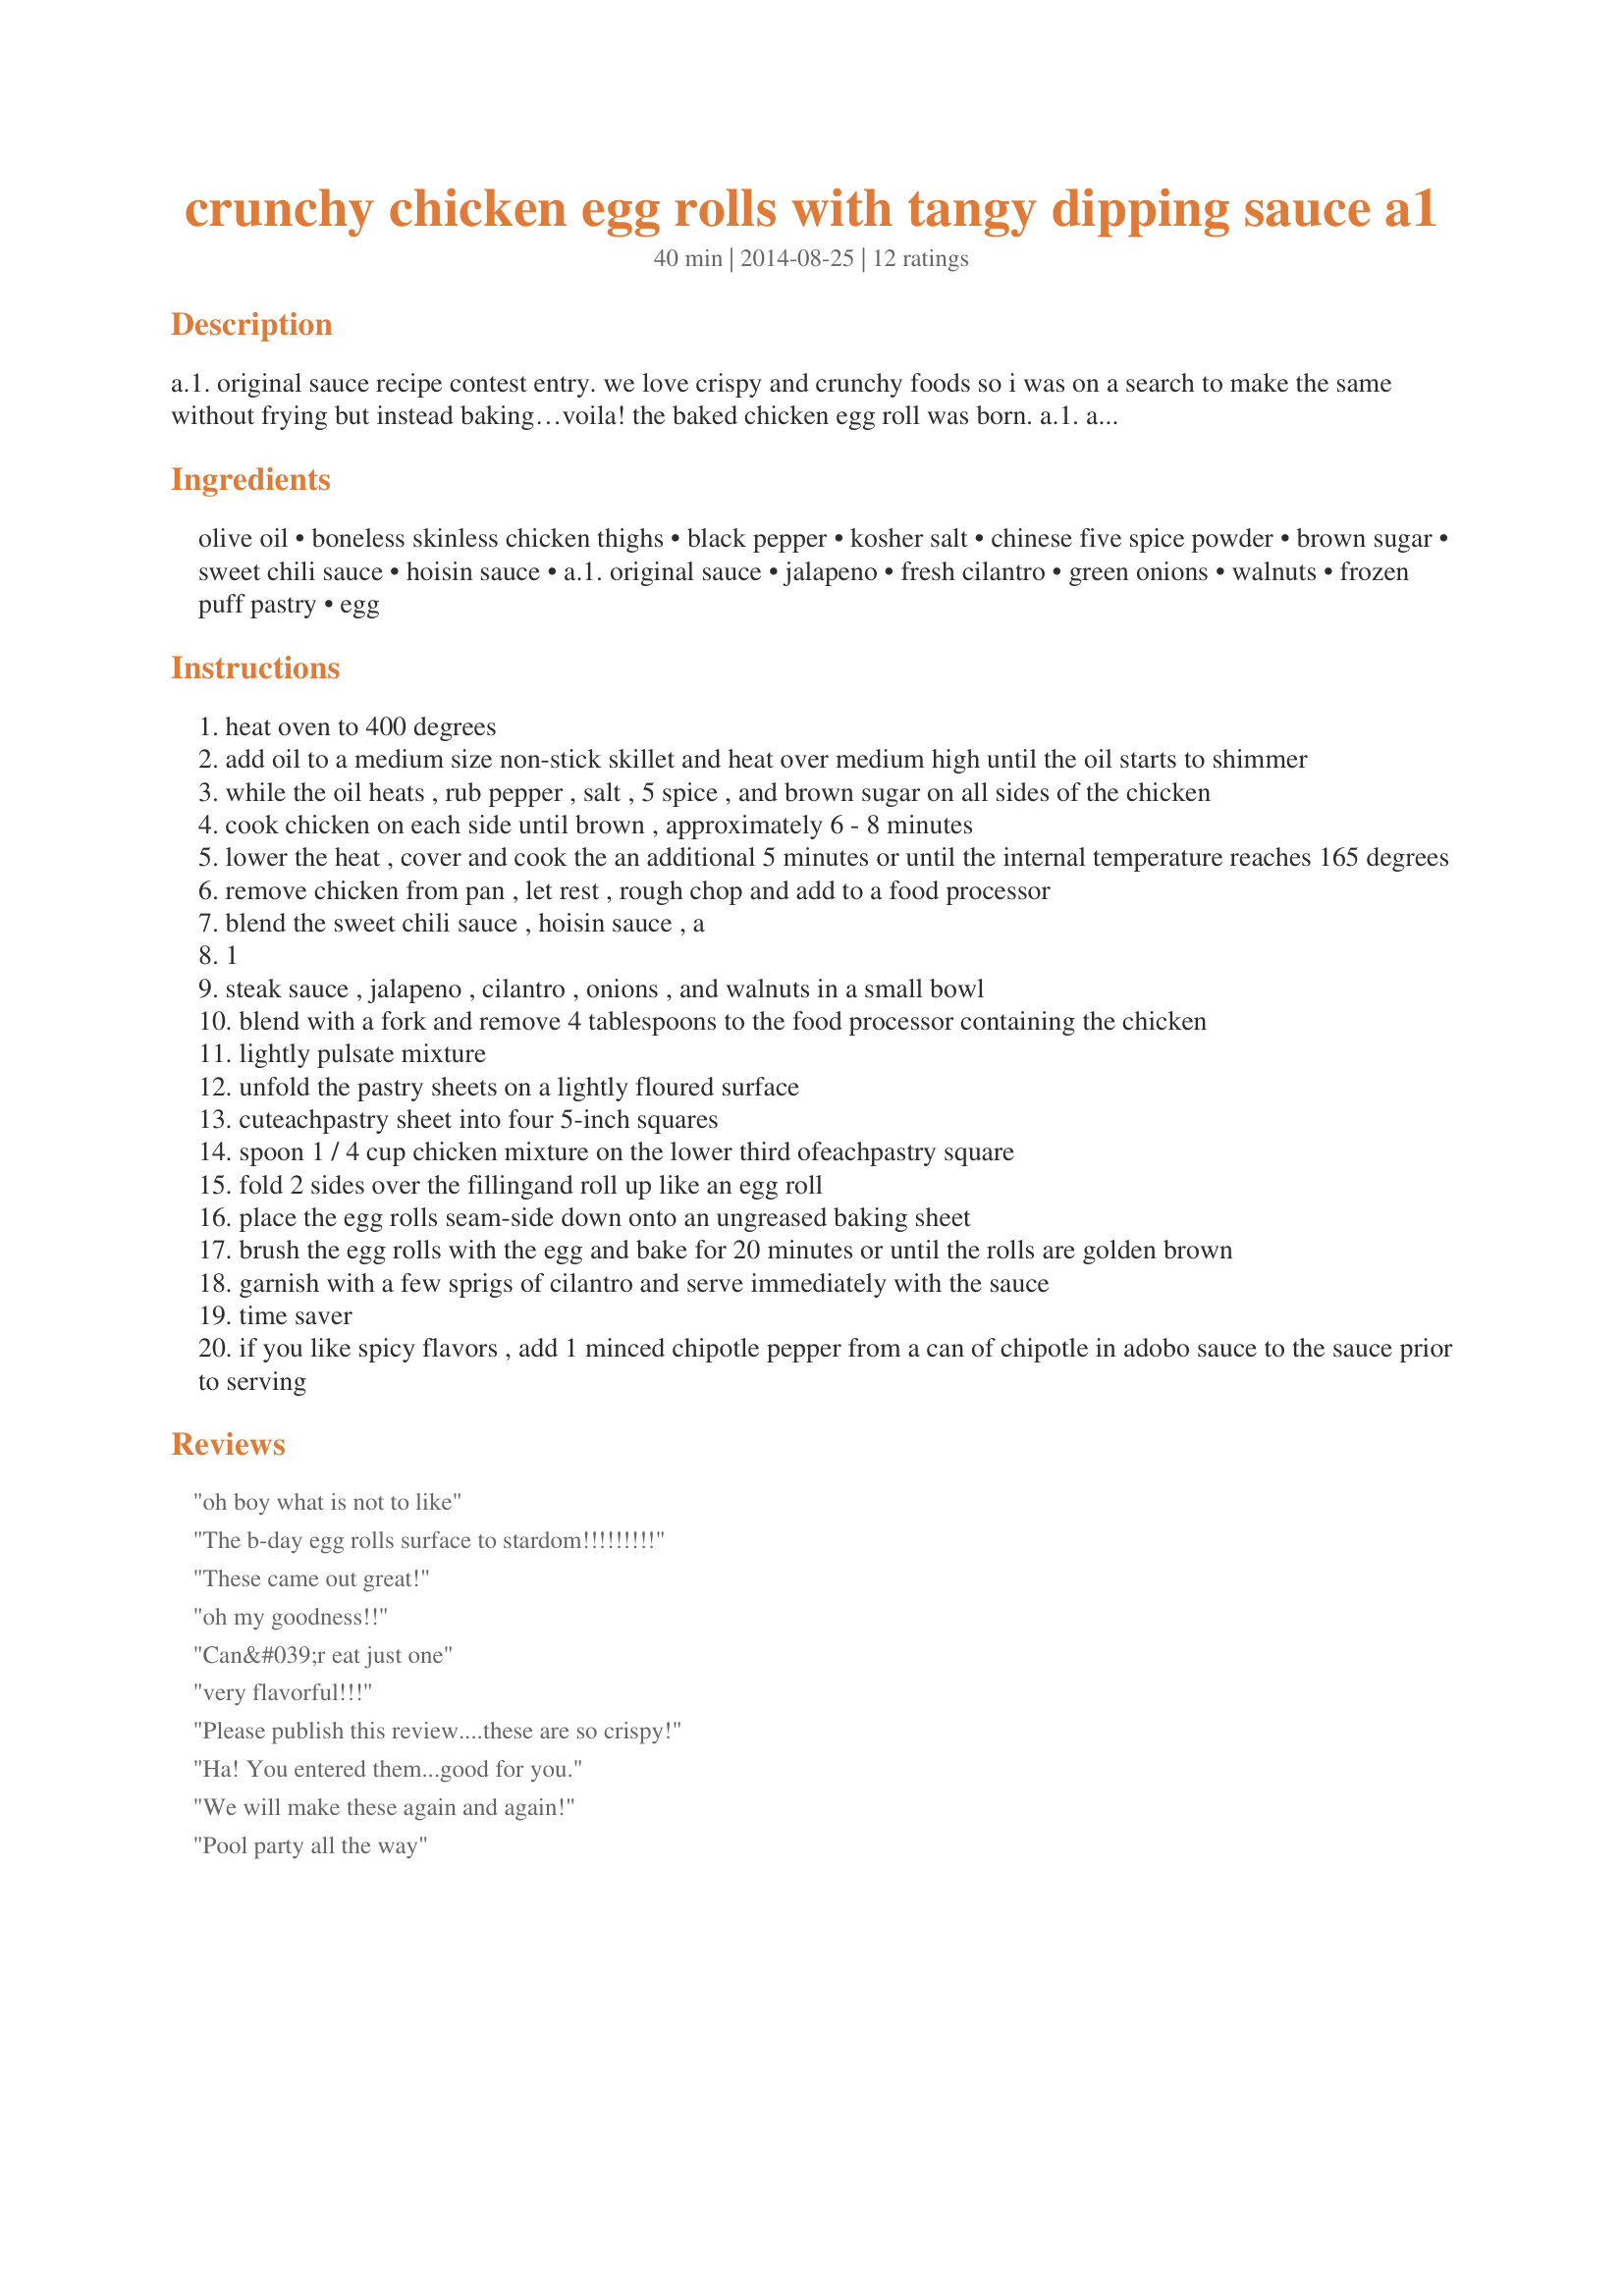
crunchy chicken egg rolls with tangy dipping sauce a1
Preparation time: 40 minutes

a.1. original sauce recipe contest entry. we love crispy and crunchy foods so i was on a search to make the same without frying but instead baking…voila! the baked chicken egg roll was born. a.1. and asian flavors blend perfectly together for the dipping sauce. as a matter of fact, double the sauce portion of this recipe because you will crave more!

Ingredients:
olive oil, boneless skinless chicken thighs, black pepper, kosher salt, chinese five spice powder, brown sugar, sweet chili sauce, hoisin sauce, a.1. original sauce, jalapeno, fresh cilantro, green onions, walnuts, frozen puff pastry, egg

Steps:
heat oven to 400 degrees
add oil to a medium size non-stick skillet and heat over medium high until the oil starts to shimmer
while the oil heats , rub pepper , salt , 5 spice , and brown sugar on all sides of the chicken
cook chicken on each side until brown , approximately 6 - 8 minutes
lower the heat , cover and cook the an additional 5 minutes or until the internal temperature reaches 165 degrees
remove chicken from pan , let rest , rough chop and add to a food processor
blend the sweet chili sauce , hoisin sauce , a
1
steak sauce , jalapeno , cilantro , onions , and walnuts in a small bowl
blend with a fork and remove 4 tablespoons to the food processor containing the chicken
lightly pulsate mixture
unfold the pastry sheets on a lightly floured surface
cuteachpastry sheet into four 5-inch squares
spoon 1 / 4 cup chicken mixture on the lower third ofeachpastry square
fold 2 sides over the fillingand roll up like an egg roll
place the egg rolls seam-side down onto an ungreased baking sheet
brush the egg rolls with the egg and bake for 20 minutes or until the rolls are golden brown
garnish with a few sprigs of cilantro and serve immediately with the sauce
time saver
if you like spicy flavors , add 1 minced chipotle pepper from a can of chipotle in adobo sauce to the sauce prior to serving

Reviews:
oh boy what is not to like
The b-day egg rolls surface to stardom!!!!!!!!!
These came out great!
oh my goodness!!
Can&#039;r eat just one
very flavorful!!!
Please publish this review....these are so crispy!
Ha! You entered them...good for you.
We will make these again and again!
Pool party all the way
Aaaaa A-1 AMAZING!
luv the crunch
